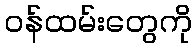
ဝန်ထမ်းတွေကို